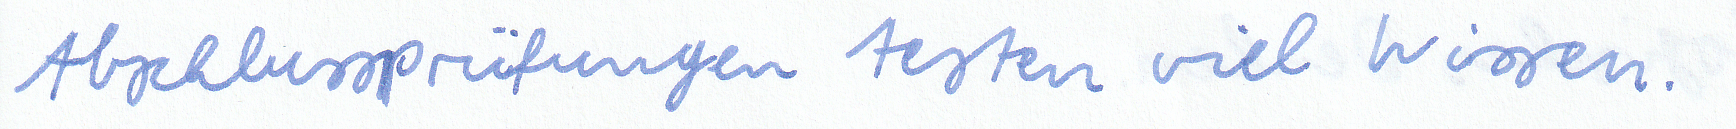
Abschlussprüfungen testen viel Wissen.